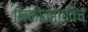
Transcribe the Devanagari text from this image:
निकोलाएविच